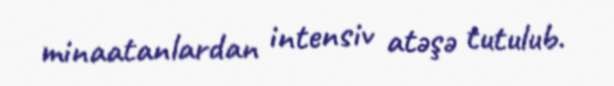
minaatanlardan intensiv atəşə tutulub.